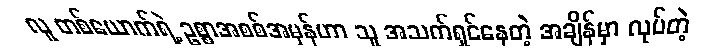
လူ တစ်ယောက်ရဲ့ ဥစ္စာအစစ်အမှန်ဟာ သူ အသက်ရှင်နေတဲ့ အချိန်မှာ လုပ်တဲ့